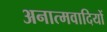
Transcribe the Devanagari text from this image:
अनात्मवादियों